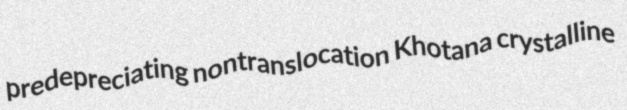
predepreciating nontranslocation Khotana crystalline